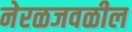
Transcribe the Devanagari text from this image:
नेरळजवळील